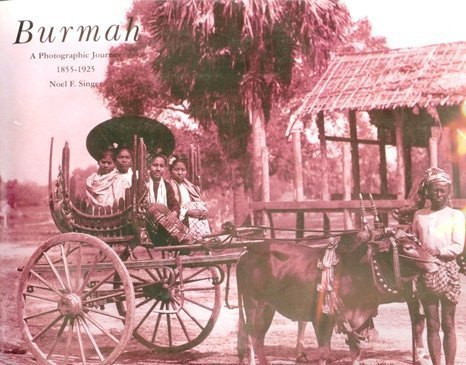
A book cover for Burmah: A Photographic Journey, 1855-1925; Noel F. Singer; Travel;